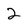
Character: 2